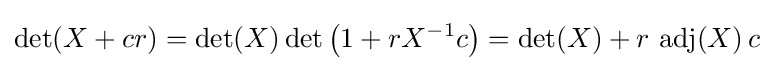
\det(X+cr)=\det(X)\det \left(1+rX^{-1}c\right)=\det(X)+r\,\operatorname {adj} (X)\,c